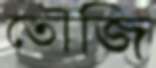
তৌজি